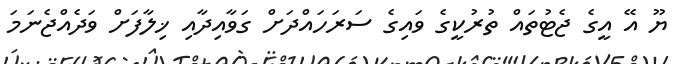
ޔޫ އޭ އީގެ ޖެޓުތައް ތުރުކީގެ ވައިގެ ސަރަހައްދަށް ގަވާއިދާއި ޚިލާފަށް ވަދެއްޖެނަމަ